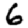
Digit: 6